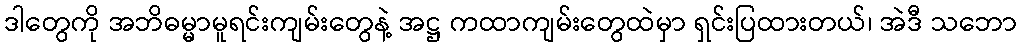
ဒါတွေကို အဘိဓမ္မာမူရင်းကျမ်းတွေနဲ့ အဋ္ဌ ကထာကျမ်းတွေထဲမှာ ရှင်းပြထားတယ်၊ အဲဒီ သဘော